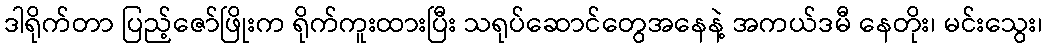
ဒါရိုက်တာ ပြည့်ဇော်ဖြိုးက ရိုက်ကူးထားပြီး သရုပ်ဆောင်တွေအနေနဲ့ အကယ်ဒမီ နေတိုး၊ မင်းသွေး၊